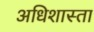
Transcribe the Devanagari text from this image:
अधिशास्ता